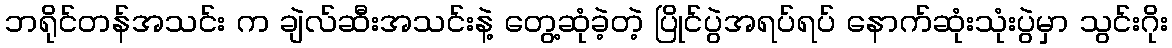
ဘရိုင်တန်အသင်း က ချဲလ်ဆီးအသင်းနဲ့ တွေ့ဆုံခဲ့တဲ့ ပြိုင်ပွဲအရပ်ရပ် နောက်ဆုံးသုံးပွဲမှာ သွင်းဂိုး